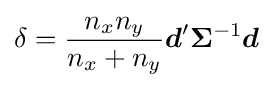
\delta ={\frac {n_{x}n_{y}}{n_{x}+n_{y}}}{\boldsymbol {d}}'\mathbf {\Sigma } ^{-1}{\boldsymbol {d}}